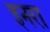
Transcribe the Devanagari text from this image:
इनरा